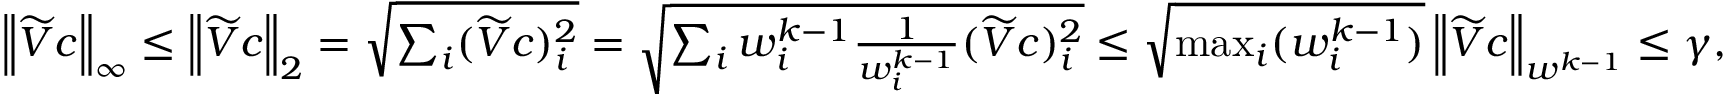
\begin{array} { r } { \left\lVert \widetilde { V } c \right\rVert _ { \infty } \leq \left\lVert \widetilde { V } c \right\rVert _ { 2 } = \sqrt { \sum _ { i } ( \widetilde { V } c ) _ { i } ^ { 2 } } = \sqrt { \sum _ { i } w _ { i } ^ { k - 1 } \frac { 1 } { w _ { i } ^ { k - 1 } } ( \widetilde { V } c ) _ { i } ^ { 2 } } \leq \sqrt { \operatorname* { m a x } _ { i } ( w _ { i } ^ { k - 1 } ) } \left\lVert \widetilde { V } c \right\rVert _ { w ^ { k - 1 } } \leq \gamma , } \end{array}